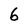
Character: 6